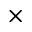
\times